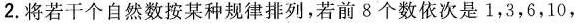
2.将若干个自然数按某种规律排列，若前8个数依次是1，3，6，10，